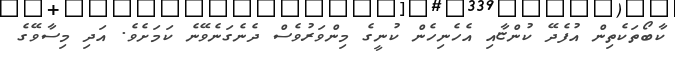
ކާބޯތަކެތިން އުފެދޭ ކުންޏާއި އެހެނިހެން ކުނީގެ މިންވަރުވެސް ދެނެގަނެވޭނެ ކަމަށެވެ. އަދި މިސާވޭގެ